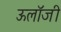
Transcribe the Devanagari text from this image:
ऊलॉजी